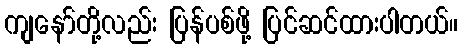
ကျနော်တို့လည်း ပြန်ပစ်ဖို့ ပြင်ဆင်ထားပါတယ်။